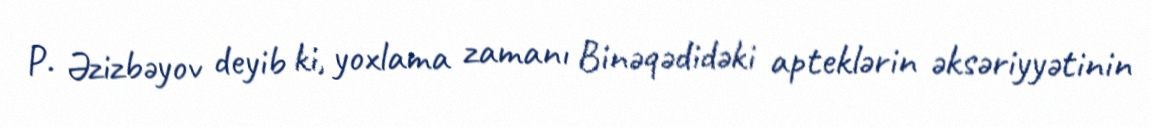
P. Əzizbəyov deyib ki, yoxlama zamanı Binəqədidəki apteklərin əksəriyyətinin